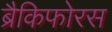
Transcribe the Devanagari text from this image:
ब्रैकिफोरस